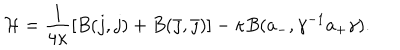
\mathcal H = \frac { 1 } { 4 \kappa } [ B ( j , j ) + B ( \bar { \jmath } , \bar { \jmath } ) ] - \kappa B ( a _ { - } , \gamma ^ { - 1 } a _ { + } \gamma ) .